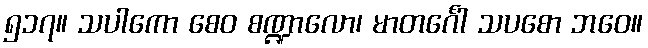
၅၁၇။ သပါကော စေဝ စဏ္ဍာလော၊ မာတင်္ဂေါ သပစော ဘဝေ။